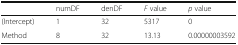
|  | numDF | denDF | F value | p value |
 | --- | --- | --- | --- | --- |
 | (Intercept) | 1 | 32 | 5317 | 0 |
 | Method | 8 | 32 | 13.13 | 0.00000003592 |